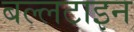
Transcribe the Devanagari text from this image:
बल्लटाइन